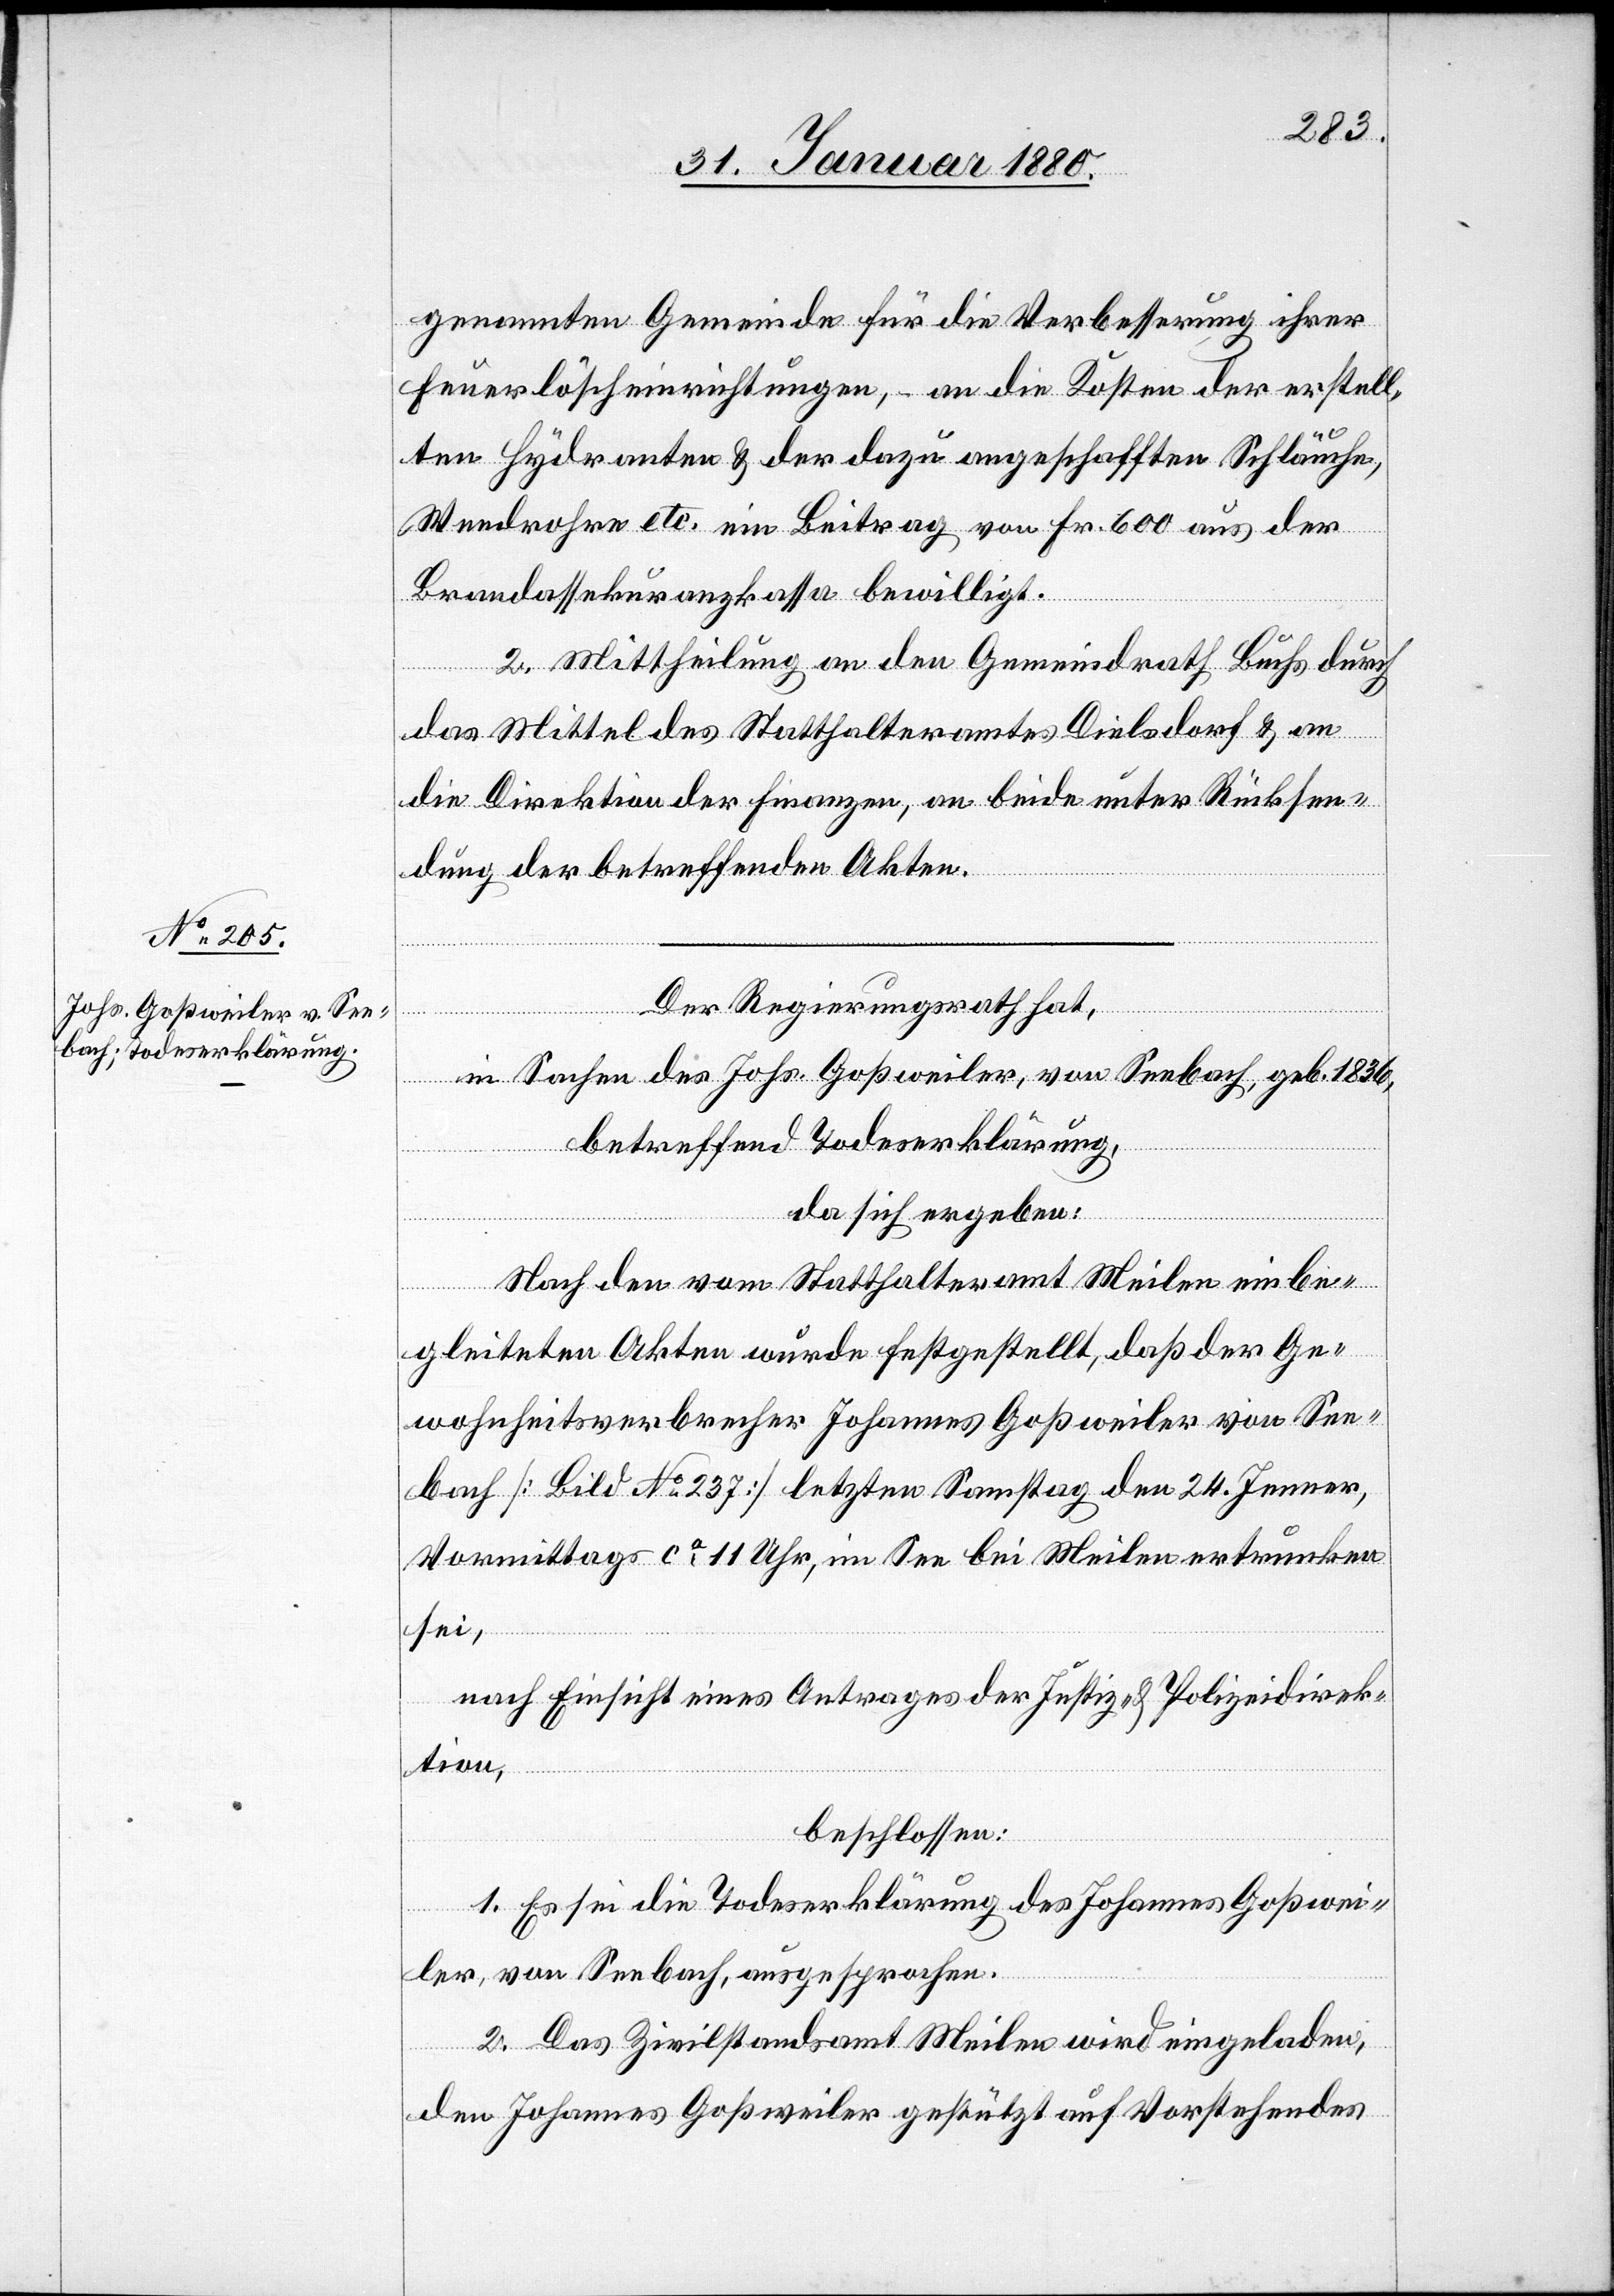
genannten Gemeinde für die Verbesserung ihrer
Feuerlöscheinrichtungen, – an die Kosten der erstell¬
ten Hydranten & der dazu angeschafften Schläuche,
Wendrohre etc. ein Beitrag von Fr. 600 aus der
Brandassekuranzanstalt bewilligt.
2. Mittheilung an den Gemeindrath Buchs durch
das Mittel des Statthalteramtes Dielsdorf & an
die Direktion der Finanzen, an beide unter Rücksen¬
dung der betreffenden Akten.
Der Regierungsrath hat,
in Sachen des Johs. Goßweiler, von Seebach, geb. 1836,
betreffend Todeserklärung,
da sich ergeben:
Nach den vom Statthalteramt Meilen einbe¬
gleiteten Akten wurde festgestellt, daß der Ge¬
wohnheitsverbrecher Johannes Goßweiler von See¬
bach [Bild No 237] letzten Samstag den 24. Jenner,
Vormittags ca 11 Uhr, im See bei Meilen ertrunken
sei,
nach Einsicht eines Antrages der Justiz- & Polizeidirek¬
tion,
beschlossen:
1. Es sei die Todeserklärung des Johannes Goßwei¬
ler, von Seebach, ausgesprochen.
2. Das Zivilstandsamt Meilen wird eingeladen,
den Johannes Goßweiler gestützt auf Vorstehendes